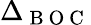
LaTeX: \Delta_{\mathrm{~B~O~C~}}